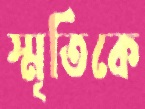
স্মৃতিকে